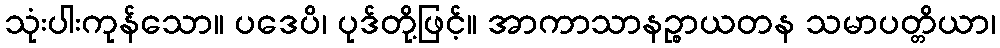
သုံးပါးကုန်သော။ ပဒေပိ၊ ပုဒ်တို့ဖြင့်။ အာကာသာနဉ္စာယတန သမာပတ္တိယာ၊